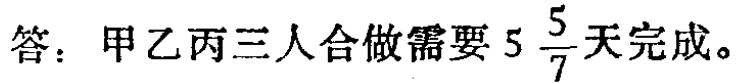
答：甲乙丙三人合做需要\(5\frac{5}{7}\)天完成。